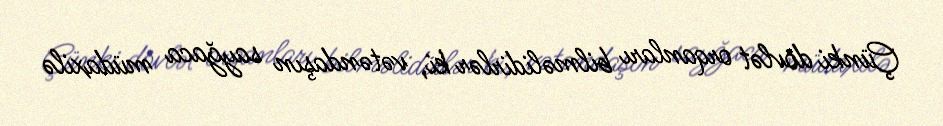
Çünki dövlət orqanları bilməlidirlər ki, vətəndaşın sayğaca müdaxilə